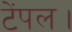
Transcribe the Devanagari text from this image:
टेंपल।